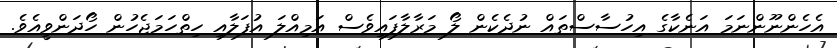
އެހެންނޫންނަމަ އަނެކާގެ އިހުސާސްތައް ނުދެކެން ލޯ މަރާލާފައިވެސް އަމިއްލަ އުފަލާއި ހިތްހަމަޖެހުން ހޯދަންވީއެވެ.